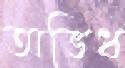
অভিধ